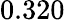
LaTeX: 0.320